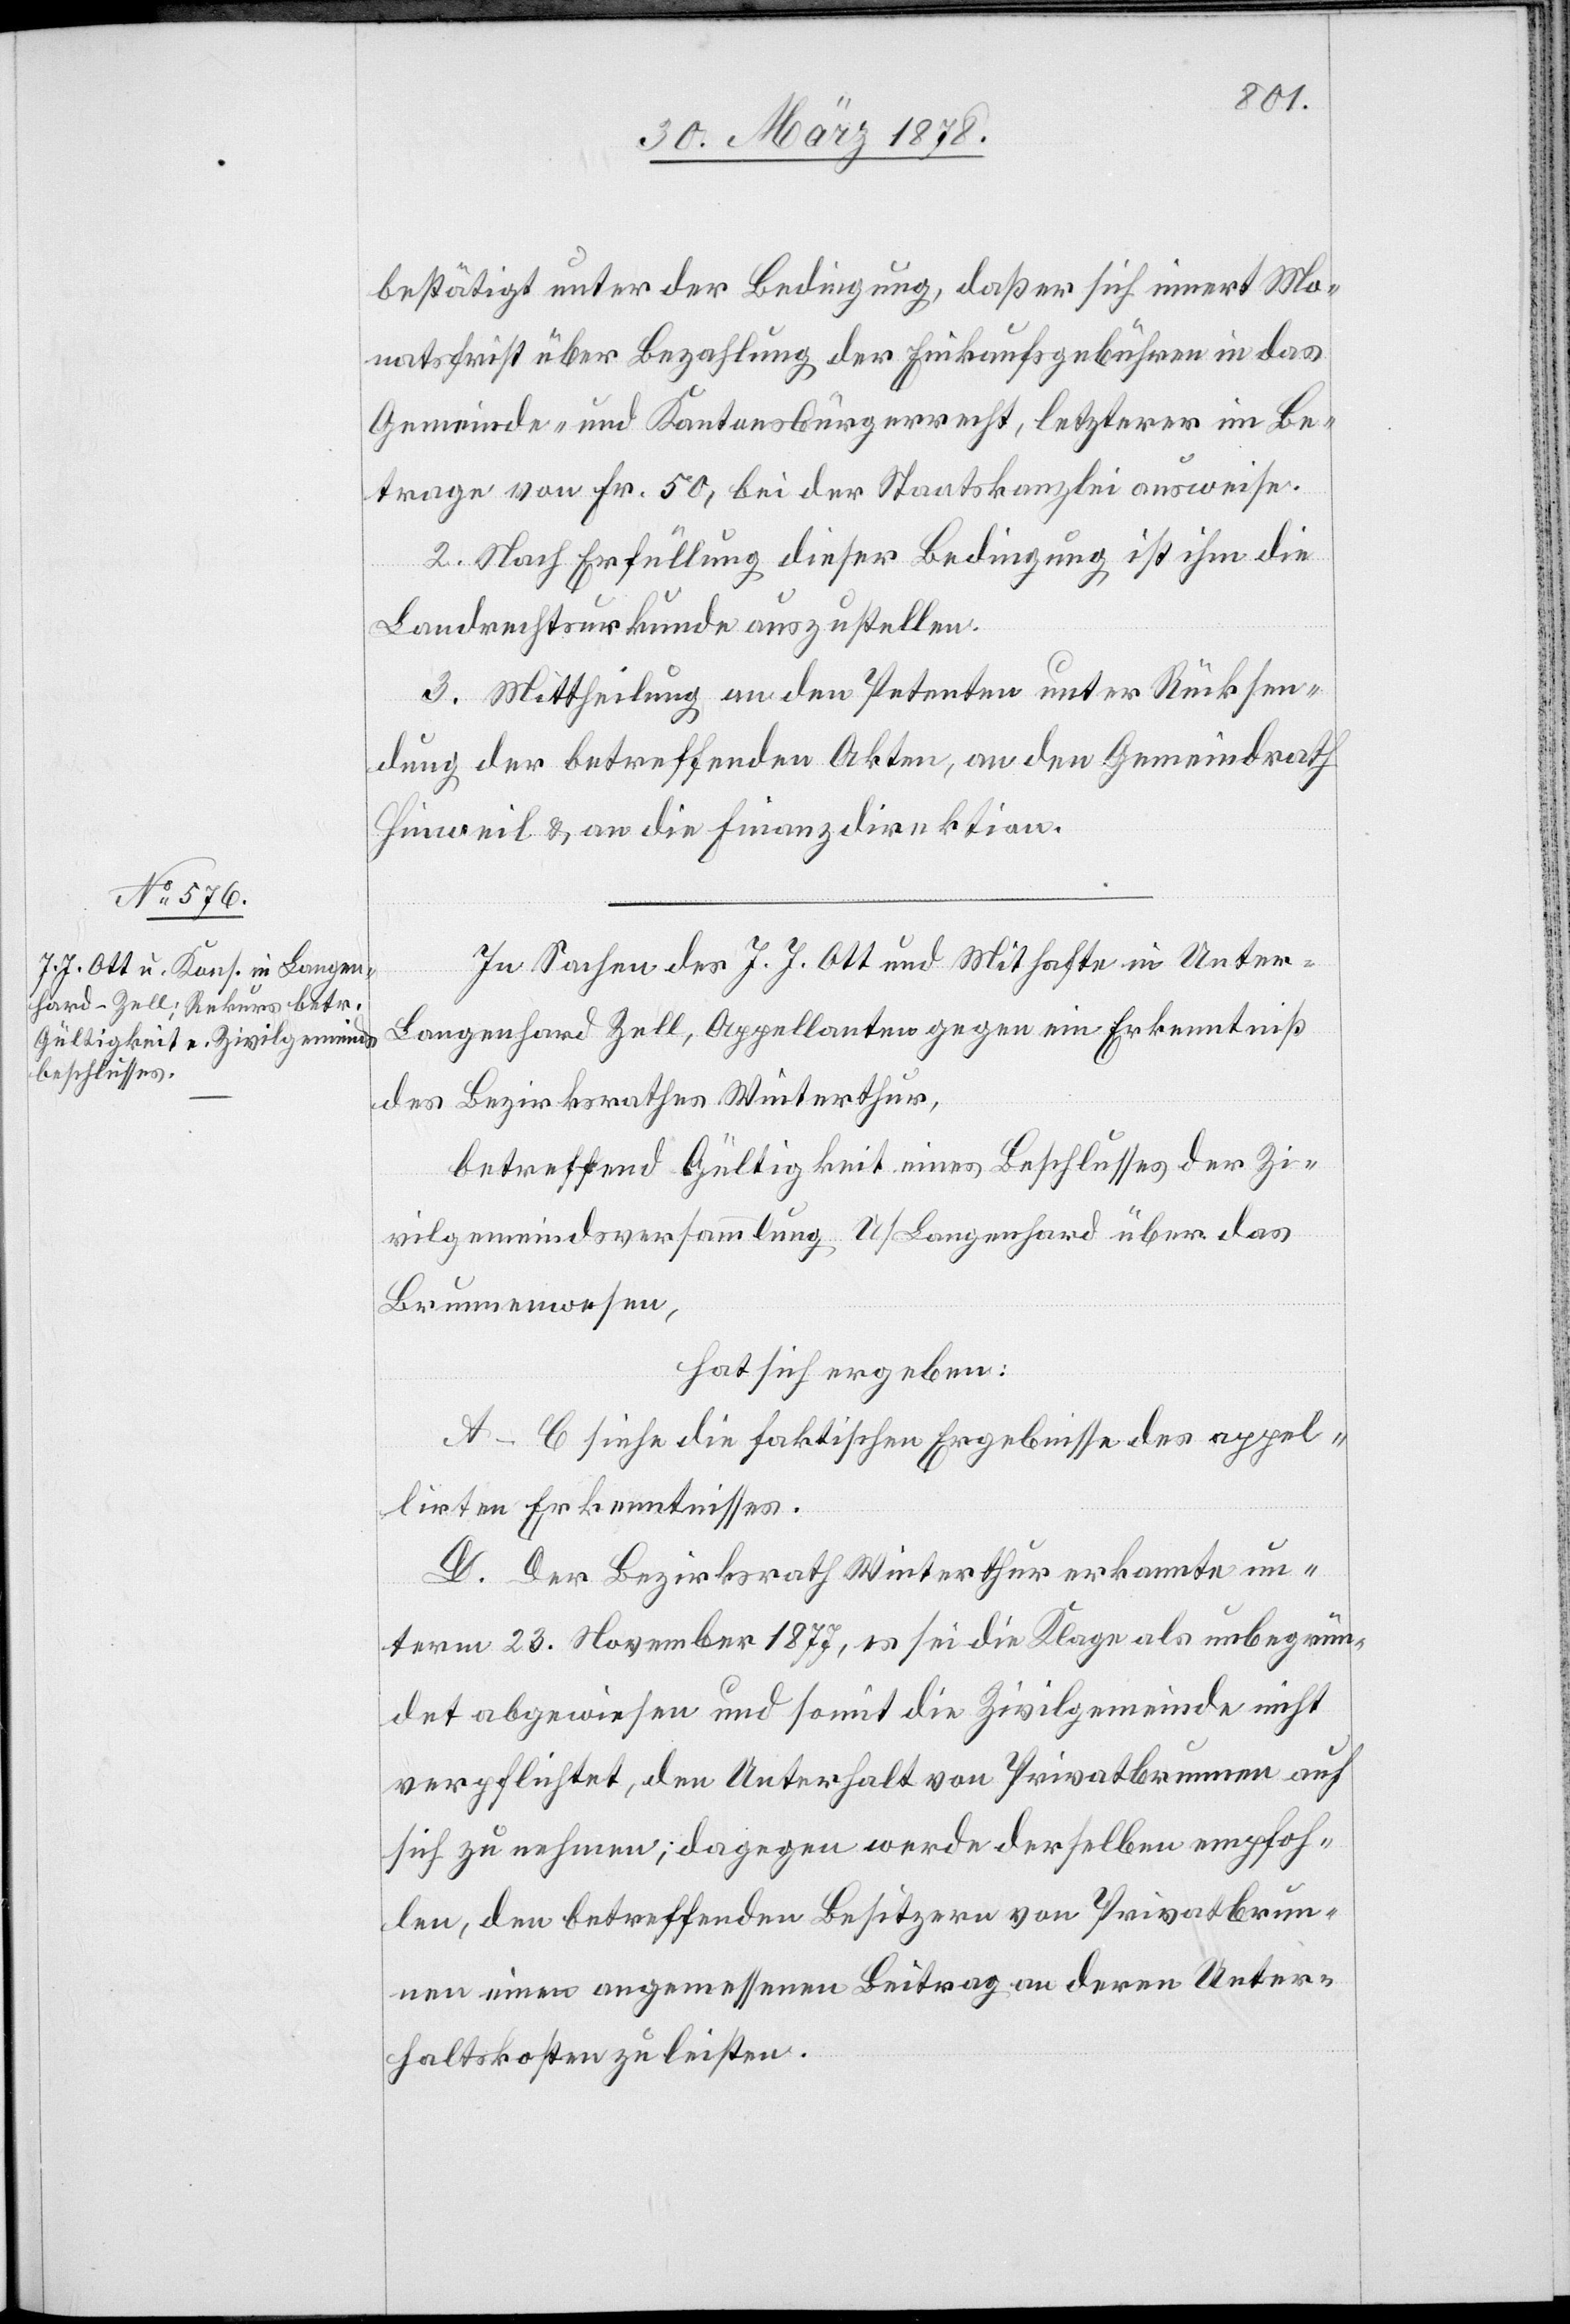
bestätigt unter der Bedingung, daß er sich innert Mo¬
natsfrist über Bezahlung der Einkaufsgebühren in das
Gemeinde- und Kantonsbürgerrecht, letzterer im Be¬
trage von Fr. 50, bei der Staatskanzlei ausweise.
2. Nach Erfüllung dieser Bedingung ist ihm die
Landrechtsurkunde auszustellen.
3. Mittheilung an den Petenten unter Rücksen¬
dung der betreffenden Akten, an den Gemeindrath
Hinweil & an die Finanzdirektion.
In Sachen des J. J. Ott und Mithafte in Unter -
Langenhard Zell, Appellanten gegen ein Erkenntniß
des Bezirksrathes Winterthur,
betreffend Gültigkeit eines Beschlusses der Zi¬
vilgemeindsversammlung U / Langenhard über das
Brunnenwesen,
hat sich ergeben:
A–C siehe die faktischen Ergebnisse des appel¬
lirten Erkenntnisses.
D. Der Bezirksrath Winterthur erkannte un¬
term 23. November 1877, es sei die Klage als unbegrün¬
det abgewiesen und somit die Zivilgemeinde nicht
verpflichtet, den Unterhalt von Privatbrunnen auf
sich zu nehmen; dagegen werde derselbe empfoh¬
len, den betreffenden Besitzern von Privatbrun¬
nen einen angemessenen Beitrag an deren Unter¬
haltskosten zu leisten.